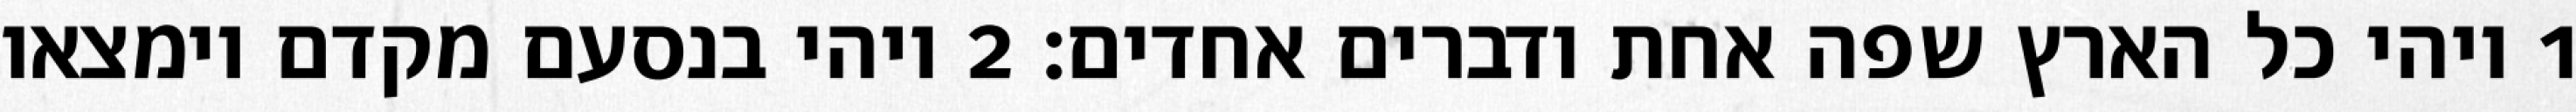
1 ויהי כל הארץ שפה אחת ודברים אחדים׃ ‎2‏ ויהי בנסעם מקדם וימצאו